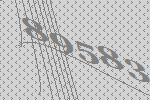
89583